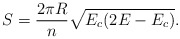
\begin{align*}S=\frac{2\pi R}{n}\sqrt{E_c(2E-E_c)}.\end{align*}